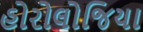
હોરોલોજિયા